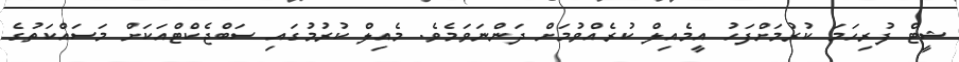
ޝީޓް ފުރިހަމަ ކުރުމަށްފަހު އީމެއިލް ކުރެއްވުމަށް ދަންނަވަމެވެ. މެއިލް ކުރުމުގައި ސަބްޖެކްޓްއަކަށް މަސައްކަތުގެ